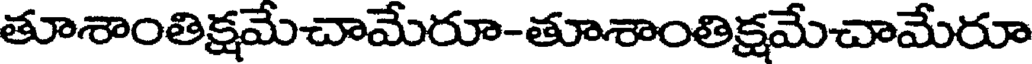
తూశాంతిక్షమేచామేరూ-తూశాంతిక్షమేచామేరూ